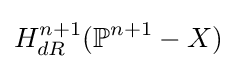
H_{dR}^{n+1}(\mathbb {P} ^{n+1}-X)